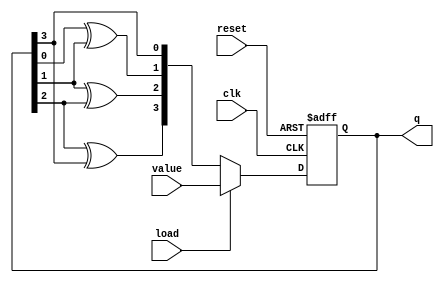
module JohnsonCounter (
    input clk, //clock input
    input reset, //reset input
    input load, //load input
    input [3:0] value, //value to load input
    output reg [3:0] q //output of counter
);

reg [3:0] next_q;

always @ (posedge clk or posedge reset)
begin
    if (reset)
        q <= 4'b0000; //reset to initial state
    else if (load)
        q <= value; //load specific value
    else
        q <= next_q;
end

always @ (*)
begin
    next_q[0] = q[3];
    next_q[1] = q[0] ^ q[1];
    next_q[2] = q[1] ^ q[2];
    next_q[3] = q[2] ^ q[3];
end

endmodule